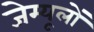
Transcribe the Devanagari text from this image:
जेम्यूलों